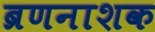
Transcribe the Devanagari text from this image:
ब्रणनाशक